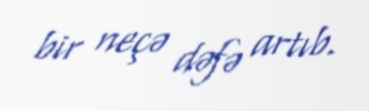
bir neçə dəfə artıb.